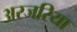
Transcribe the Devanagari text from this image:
अरजरिया